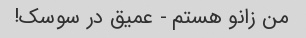
من زانو هستم - عمیق در سوسک!